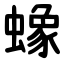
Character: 蟓